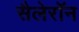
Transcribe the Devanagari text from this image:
सैलेरॉन